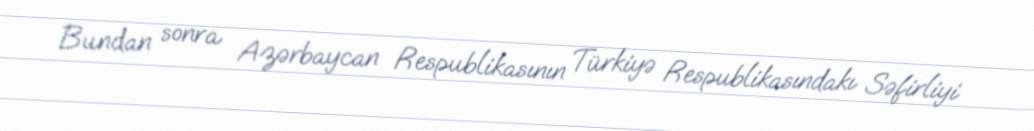
Bundan sonra Azərbaycan Respublikasının Türkiyə Respublikasındakı Səfirliyi